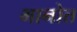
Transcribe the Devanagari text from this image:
भानोत